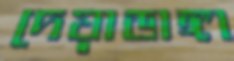
দেয়াডাঙ্গা